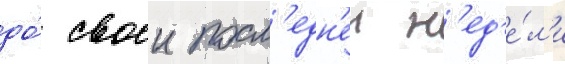
до́ своеи посл'едн'еи н'ед'е́л'и